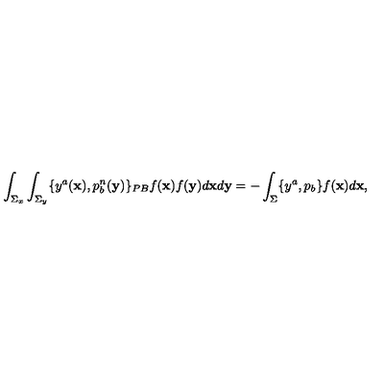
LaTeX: \int _ { \Sigma _ { x } } \int _ { \Sigma _ { y } } \{ y ^ { a } ( { \bf x } ) , p _ { b } ^ { n } ( { \bf y } ) \} _ { P B } f ( { \bf x } ) f ( { \bf y } ) d { \bf x } d { \bf y } = - \int _ { \Sigma } \{ y ^ { a } , p _ { b } \} f ( { \bf x } ) d { \bf x } ,